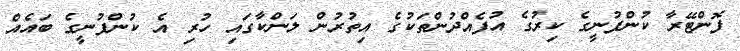
ފޮންޓޭރާ ކުންފުނީގެ ކިރުގެ އުފެއްދުންތަކުގެ އިތުރުން ލަންކާގައި ހުރި އެ ކުންފުނީގެ ބައެއް